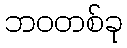
ဘဝတစ်ခု